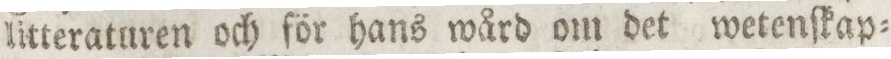
litteraturen och för hans wård om det wetenſkap=